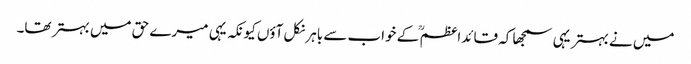
میں نے بہتر یہی سمجھا کہ قائداعظم ؒ کے خواب سے باہر نکل آؤں کیونکہ یہی میرے حق میں بہتر تھا۔